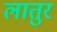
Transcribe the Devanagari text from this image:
लातुर